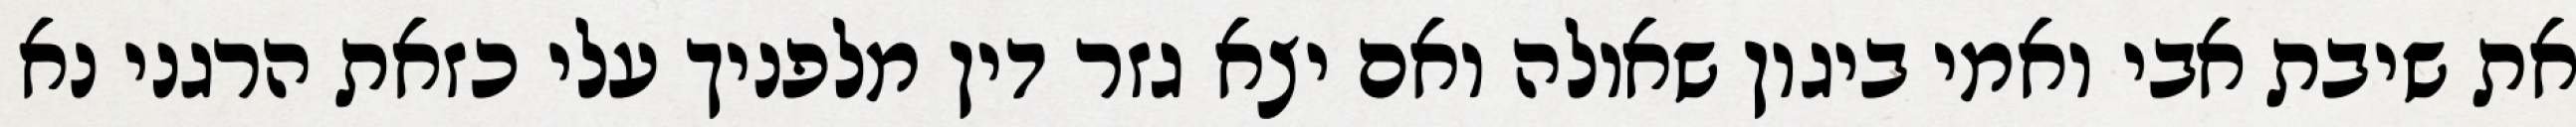
את שיבת אבי ואמי ביגון שאולה ואם יצא גזר דין מלפניך עלי כזאת הרגני נא